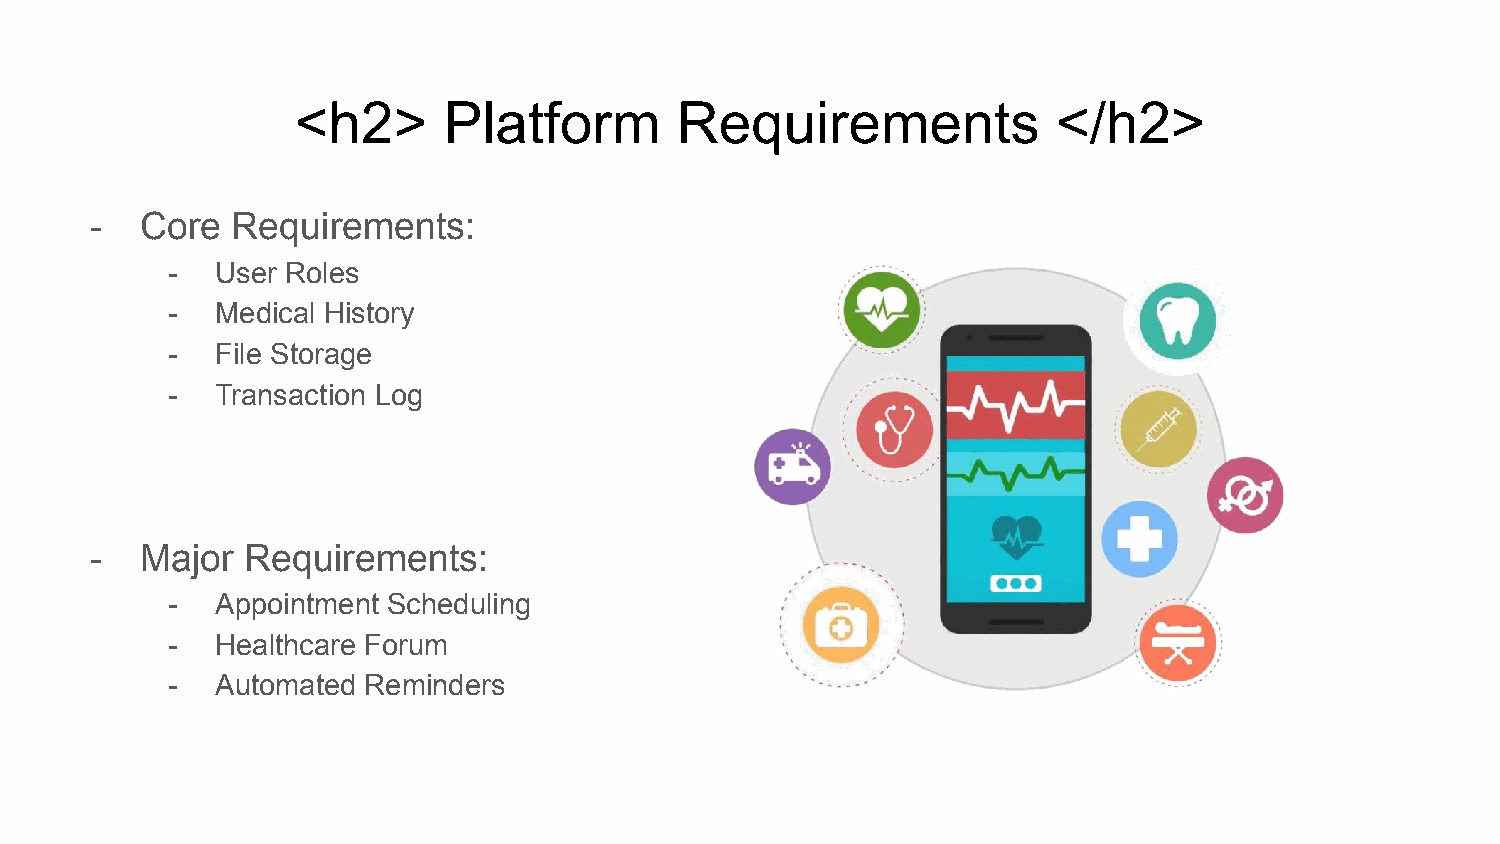
<h2>      Platform        Requirements             </h2>
 -  Core  Requirements:
 -  User Roles
 -  Medical History
 -  File Storage
 -  Transaction Log
 -  Major  Requirements:
 -  Appointment Scheduling
 -  Healthcare Forum
 -  Automated Reminders